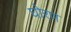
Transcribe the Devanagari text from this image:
घोरण